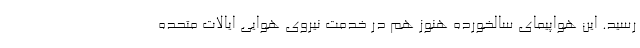
رسید. این هواپیمای سالخورده هنوز هم در خدمت نیروی هوایی ایالات متحده